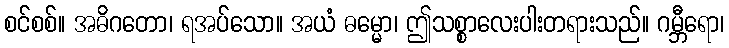
စင်စစ်။ အဓိဂတော၊ ရအပ်သော။ အယံ ဓမ္မော၊ ဤသစ္စာလေးပါးတရားသည်။ ဂမ္ဘီရော၊